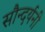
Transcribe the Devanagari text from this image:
सौन्दर्यनी